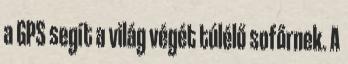
a GPS segít a világ végét túlélő sofőrnek. A